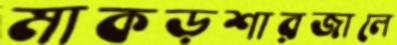
মাকড়শারজালে